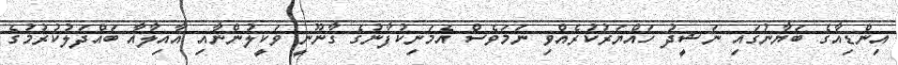
އިންޑިއާގެ ބަޔާނުގައި ނަޝީދު ހައްޔަރުކުރެއްވި ނަމަވެސް އެމަނިކުފާނުގެ ގާނޫނީ ވަކީލުންނާއި އާއިލާއާ ބައްދަލުކުރުމުގެ